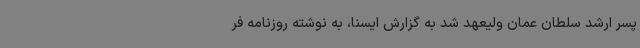
پسر ارشد سلطان عمان ولیعهد شد به گزارش ایسنا، به نوشته روزنامه فر